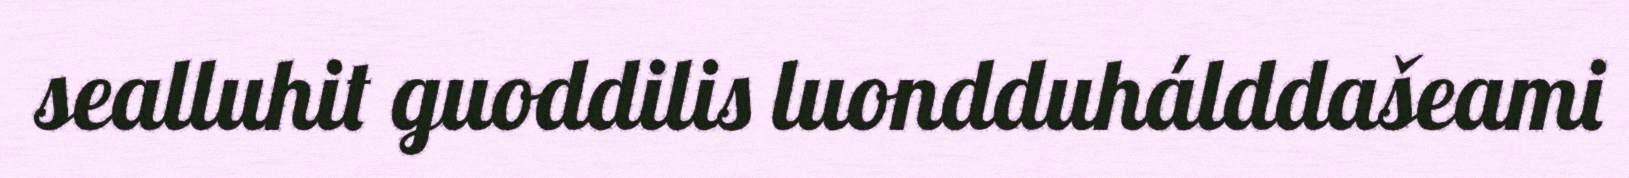
sealluhit guoddilis luondduhálddašeami